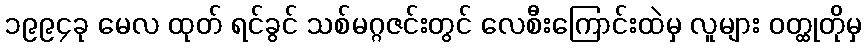
၁၉၉၄ခု မေလ ထုတ် ရင်ခွင် သစ်မဂ္ဂဇင်းတွင် လေစီးကြောင်းထဲမှ လူများ ဝတ္ထုတိုမှ